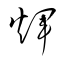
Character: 煇